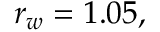
r _ { w } = 1 . 0 5 ,